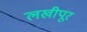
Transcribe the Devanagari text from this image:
लखीपूर